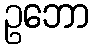
ဥဘော